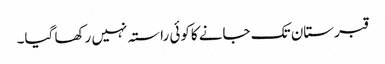
قبرستان تک جانے کاکوئی راستہ نہیں رکھا گیا۔